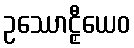
ဥဿောဠှီယေဝ